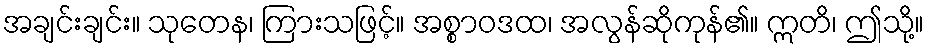
အချင်းချင်း။ သုတေန၊ ကြားသဖြင့်။ အစ္စာဝဒထ၊ အလွန်ဆိုကုန်၏။ ဣတိ၊ ဤသို့။